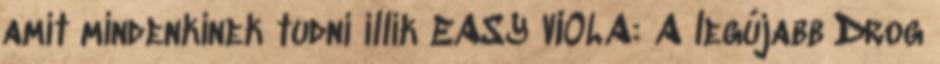
amit mindenkinek tudni illik EASY VIOLA: A legújabb Drog